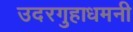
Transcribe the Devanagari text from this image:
उदरगुहाधमनी